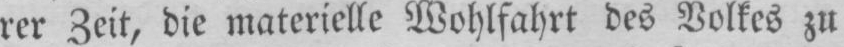
rer Zeit, die materielle Wohlfahrt des Volkes zu